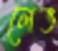
লেভ